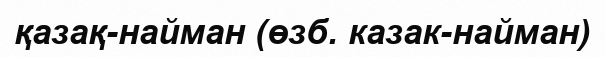
қазақ-найман (өзб. казак-найман)